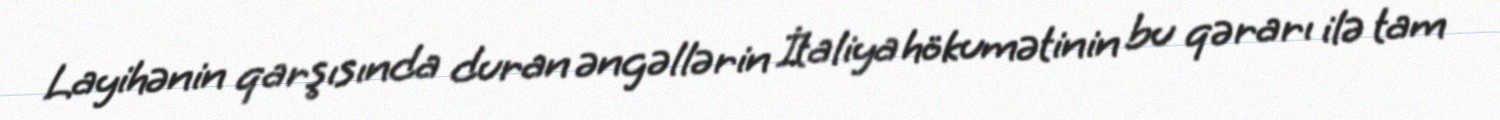
Layihənin qarşısında duran əngəllərin İtaliya hökumətinin bu qərarı ilə tam